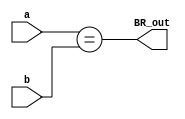
//Branch
module Branch(
    input [31:0] a,b,
    output BR_out
);
assign BR_out = (a==b);
endmodule